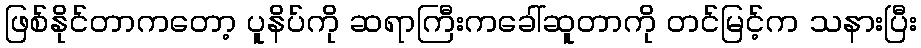
ဖြစ်နိုင်တာကတော့ ပူနိပ်ကို ဆရာကြီးကခေါ်ဆူတာကို တင်မြင့်က သနားပြီး